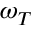
\omega _ { T }